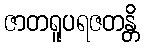
ဇာတရူပရဇတန္တိ